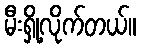
မီးရှို့လိုက်တယ်။